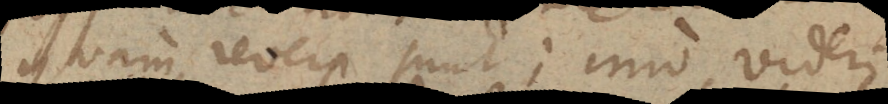
quam revera sunt; imo videri